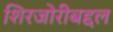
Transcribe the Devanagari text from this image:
शिरजोरीबद्दल